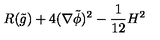
R ( \tilde { g } ) + 4 ( \nabla \tilde { \phi } ) ^ { 2 } - { \frac { 1 } { 1 2 } } H ^ { 2 }